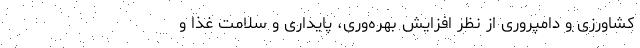
کشاورزی و دامپروری از نظر افزایش بهره‌وری، پایداری و سلامت غذا و